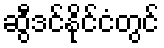
ဆွီဒင်နိုင်ငံတွင်